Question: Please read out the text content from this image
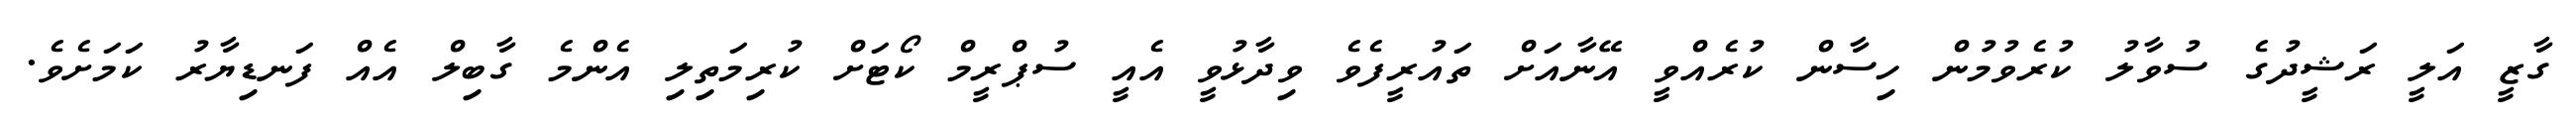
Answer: ގާޒީ އަލީ ރަޝީދުގެ ސުވާލު ކުރެވުމުން ހިސާން ކުރެއްވީ އޭނާއަށް ތައުރީފެވެ ވިދާޅުވީ އެއީ ސުޕްރީމް ކޯޓަށް ކުރިމަތިލި އެންމެ ގާބިލް އެއް ފަނޑިޔާރު ކަމަށެވެ.